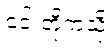
၎င်းတို့ကဲ့သို့